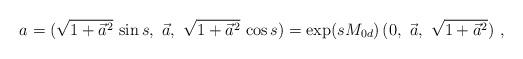
LaTeX: \begin{align*}a = (\sqrt{1+\vec{a}^2}\,\sin s,\ \vec{a},\ \sqrt{1+\vec{a}^2}\,\cos s) =\exp(s M_{0d})\,(0,\ \vec{a},\ \sqrt{1+\vec{a}^2})\ ,\end{align*}